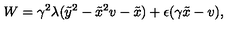
W = \gamma ^ { 2 } \lambda ( \tilde { y } ^ { 2 } - \tilde { x } ^ { 2 } v - \tilde { x } ) + \epsilon ( \gamma \tilde { x } - v ) ,